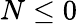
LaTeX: N\le 0